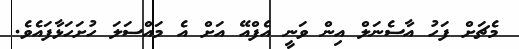
މެޗަށް ފަހު އާސެނަލް އިން ވަނީ އެފްއޭ އަށް އެ މައްސަލަ ހުށަހަޅާފައެވެ.